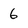
Character: 6